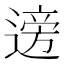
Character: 𫐼